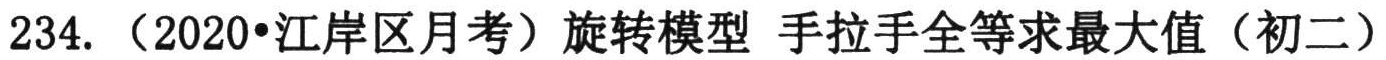
234. （2020•江岸区月考）旋转模型 手拉手全等求最大值（初二）